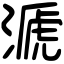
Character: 㴲